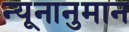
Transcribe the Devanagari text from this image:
न्यूनानुमान